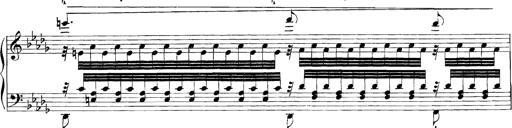
Title: Grandes Etudes
Composer: Franz Liszt